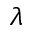
\lambda